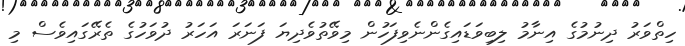
ހިތްވަރު ދިނުމުގެ އިނާމު ލިބިވަޑައިގެންނެވިފަހުން މިވޭތުވެދިޔަ ފަނަރަ އަހަރު ދުވަހުގެ ތެރޭގައިވެސް މި